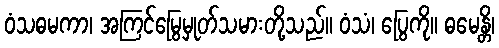
ဝံသဓမကာ၊ အကြင်မြွေမှုတ်သမားတို့သည်။ ဝံသံ၊ ပြွေကို။ ဓမေန္တိ၊